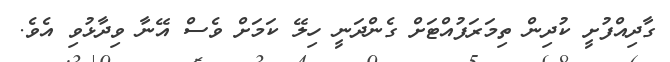
ގާދިއްފުށީ ކުދިން ތިމަރަފުއްޓަށް ގެންދަނީ ހިލޭ ކަމަށް ވެސް އޭނާ ވިދާޅުވި އެވެ.